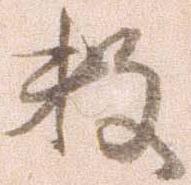
数